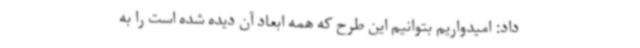
داد: امیدواریم بتوانیم این طرح که همه ابعاد آن دیده شده است را به